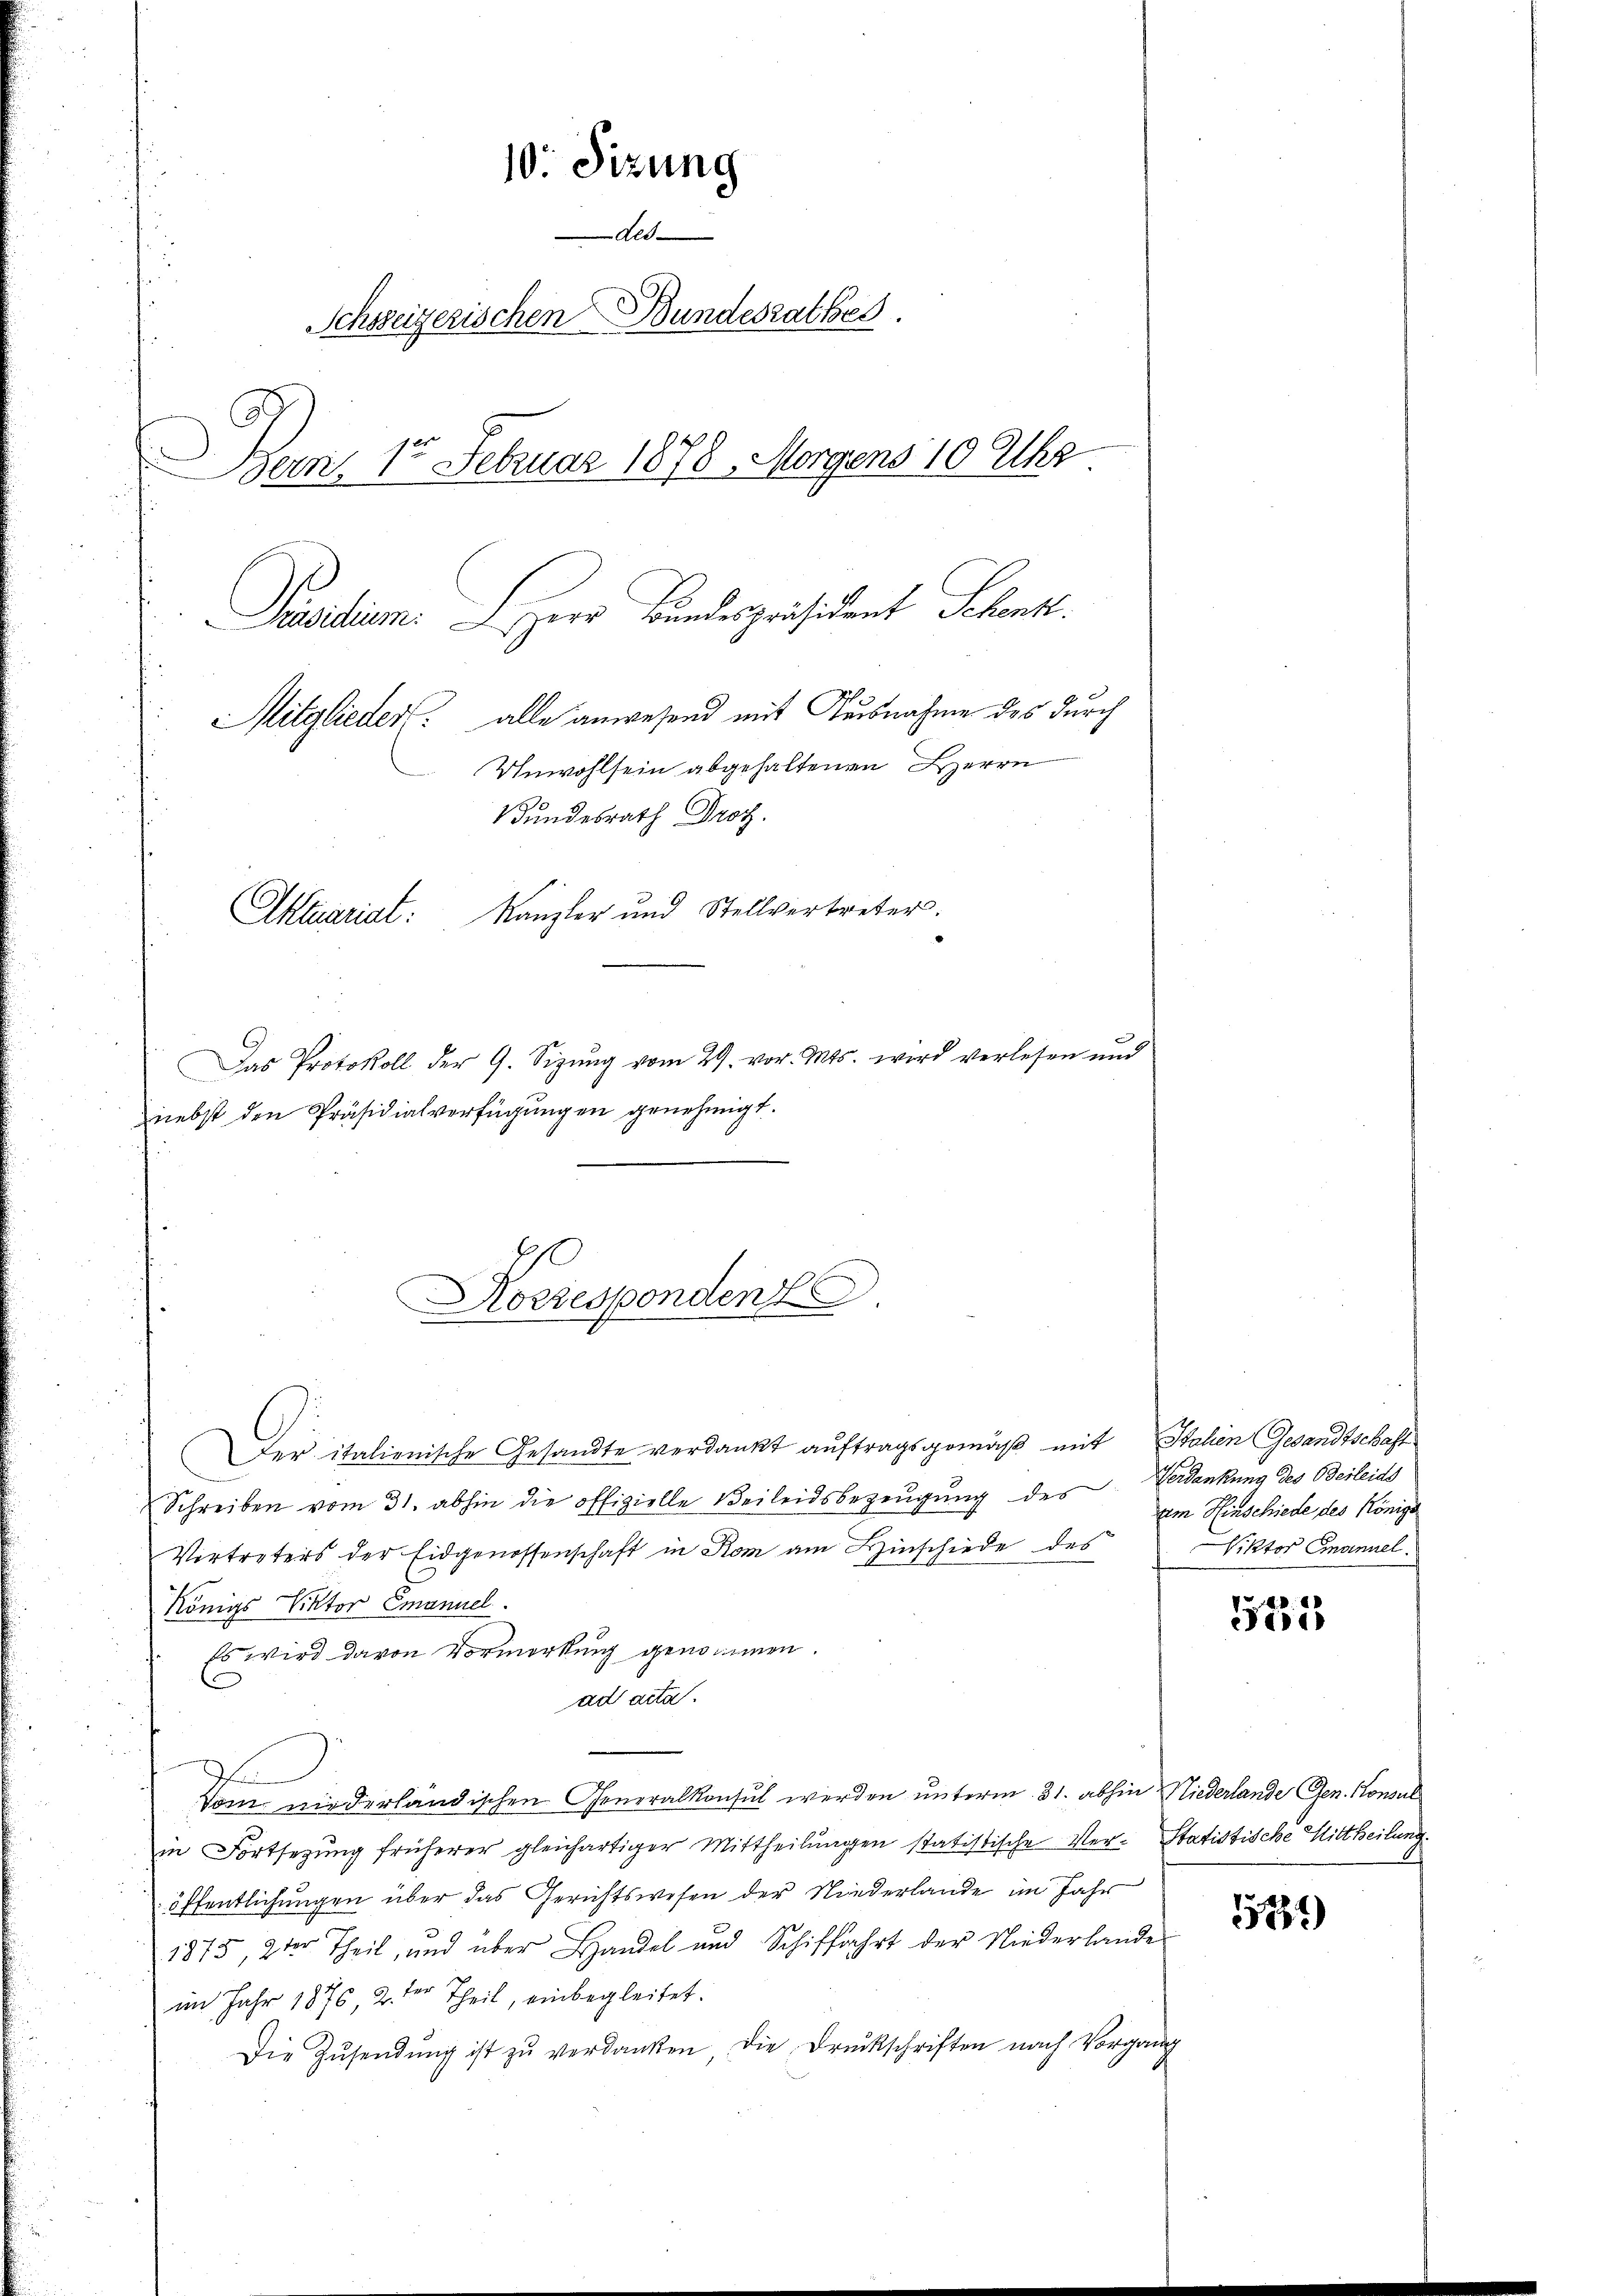
10. Sizung
des
Schoseizerischen Bundesrathes.
Bern, 15 Februar 1878, Morgens 10 Uhr
Praesidium. Herr Bundespräsident Schenkt.
Mitglieder. alle anwesend mit Ausnahme des durch
Unwohlsein abgehaltenen Herrn
Bundesrath Droz.
Aktuariat: Kanzler und Stellvertreter.

Das Protokoll der G. Sizŭng vom 29. vor. Mts. wird verlesen und

Korresponden.

nebst den Präsidialverfügungen genehmigt.

Der italienische Gesandte verdankt auftragsgemäß mit Stalien Gesandtschaft
Schreiben vom 31. abhin die offizielle Beileidsbezeugung des Verdankung des Beileide
Vertreters der Eidgenossenschaft in Rom am Hinschiede des
Königs Viktor Emanuel.
Es wird davon Vormerkung genommen.
ad acta.
Dem wiederländischen Generalkonsul werden unterm 31. abhin Niederlande Gen. Konsul
in Fortsetzung früherer gleichartiger Mittheilungen statistische Ver- Statistische Mittheilung
öffentlichungen über das Gerichtswesen der Niederlande im Jahr
1875, 2ter Theil, und über Handel und Schiffahrt der Niederlande
im Jahr 1876 2ter Theil, einbegleitet.
Die Zŭsendŭng ist zŭ verdanken, die Druckschriften nach Vorgang

um Hinschiede des Königl
Viktor Emanuel.

551

1534)